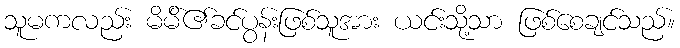
သူမကလည်း မိမ်ိ၏ခင်ပွန်းဖြစ်သူအား ယင်းသို့သာ ဖြစ်စေချင်သည်။